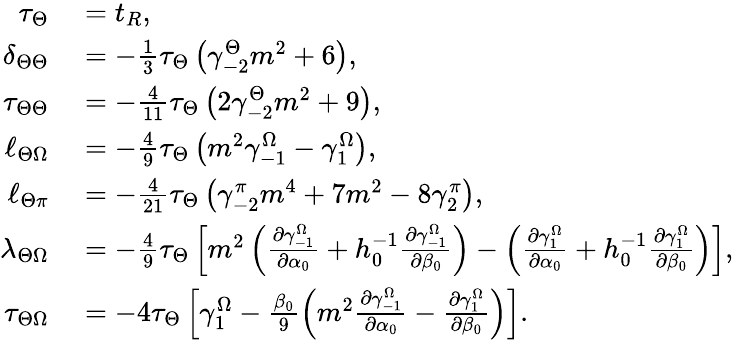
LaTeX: \begin{array}{rl}{\tau_{\Theta}}&{{}=t_{R},}\\ {\delta_{\Theta\Theta}}&{{}=-\frac{1}{3}\tau_{\Theta}\left(\gamma_{-2}^{\Theta}m^{2}+6\right),}\\ {\tau_{\Theta\Theta}}&{{}=-\frac{4}{11}\tau_{\Theta}\left(2\gamma_{-2}^{\Theta}m^{2}+9\right),}\\ {\ell_{\Theta\Omega}}&{{}=-\frac{4}{9}\tau_{\Theta}\left(m^{2}\gamma_{-1}^{\Omega}-\gamma_{1}^{\Omega}\right),}\\ {\ell_{\Theta\pi}}&{{}=-\frac{4}{21}\tau_{\Theta}\left(\gamma_{-2}^{\pi}m^{4}+7m^{2}-8\gamma_{2}^{\pi}\right),}\\ {\lambda_{\Theta\Omega}}&{{}=-\frac{4}{9}\tau_{\Theta}\left[m^{2}\left(\frac{\partial\gamma_{-1}^{\Omega}}{\partial\alpha_{0}}+h_{0}^{-1}\frac{\partial\gamma_{-1}^{\Omega}}{\partial\beta_{0}}\right)-\left(\frac{\partial\gamma_{1}^{\Omega}}{\partial\alpha_{0}}+h_{0}^{-1}\frac{\partial\gamma_{1}^{\Omega}}{\partial\beta_{0}}\right)\right],}\\ {\tau_{\Theta\Omega}}&{{}=-4\tau_{\Theta}\left[\gamma_{1}^{\Omega}-\frac{\beta_{0}}{9}\left(m^{2}\frac{\partial\gamma_{-1}^{\Omega}}{\partial\alpha_{0}}-\frac{\partial\gamma_{1}^{\Omega}}{\partial\beta_{0}}\right)\right].}\end{array}